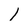
Character: I